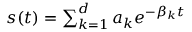
\begin{array} { r } { s ( t ) = \sum _ { k = 1 } ^ { d } a _ { k } e ^ { - \beta _ { k } t } } \end{array}